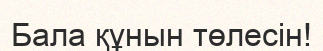
Бала құнын төлесін!